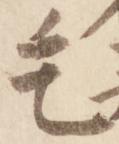
毛